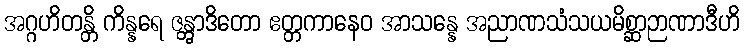
အဂ္ဂဟိတန္တိ ကိန္နရေ ဇန္တွာဒိတော ဧတ္တကာနေဝ အာသန္နေ အညာဏသံသယမိစ္ဆာဉာဏာဒီဟိ